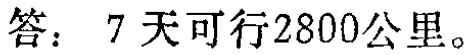
答：7天可行2800公里。